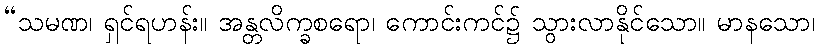
“သမဏ၊ ရှင်ရဟန်း။ အန္တလိက္ခစရော၊ ကောင်းကင်၌ သွားလာနိုင်သော။ မာနသော၊